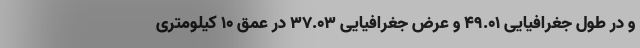
و در طول جغرافیایی ۴۹.۰۱ و عرض جغرافیایی ۳۷.۰۳ در عمق ۱۰ کیلومتری